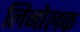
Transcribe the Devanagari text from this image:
लिनोलक